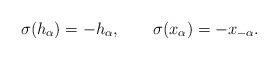
LaTeX: \begin{align*}\sigma(h_\alpha) = - h_\alpha, \qquad \sigma(x_\alpha) = -x_{-\alpha}.\end{align*}